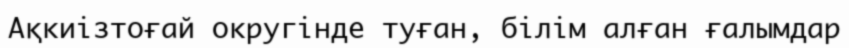
Ақкиізтоғай округінде туған, білім алған ғалымдар